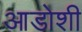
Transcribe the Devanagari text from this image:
आडोशी